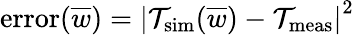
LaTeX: \mathrm{error}(\overline{{w}})=\left|\mathcal{T}_{\mathrm{sim}}(\overline{{w}})-\mathcal{T}_{\mathrm{meas}}\right|^{2}